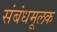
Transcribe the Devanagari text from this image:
संबंधमूलक